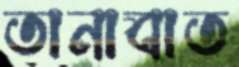
তানাবাত